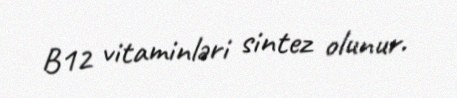
B12 vitaminləri sintez olunur.